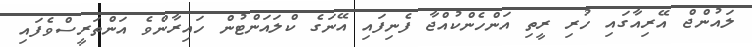
ލައުންޖް އޭރިއާގައި ހުރި ރީތި އަންހެންކުއްޖާ ފެނިފައި އޭނަގެ ކްލައަންޓުން ހައިރާންވެ އަންތަރީސްވެފައި